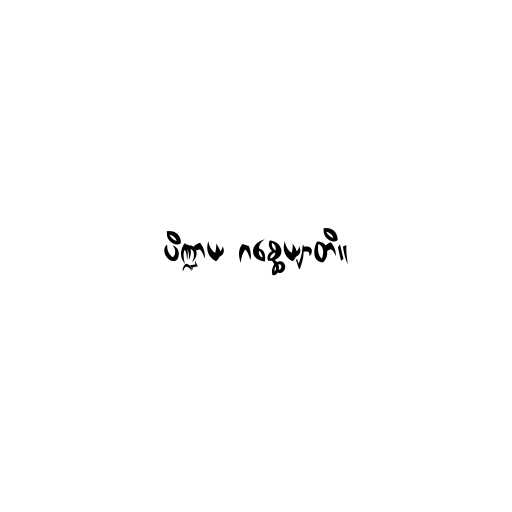
ပိဏ္ဍာယ ဂစ္ဆေယျာတိ။